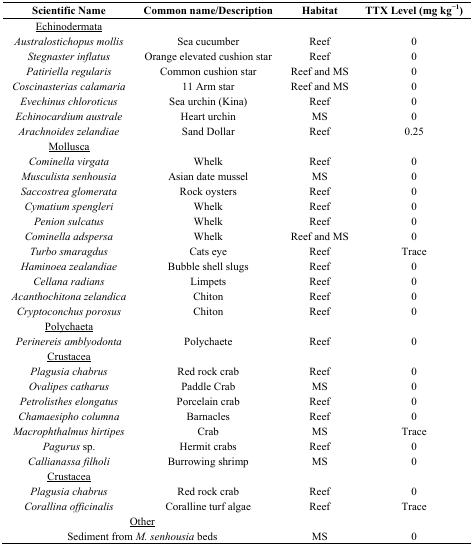
<table><thead><tr><td><b>Scientific Name</b></td><td><b>Common name/Description</b></td><td><b>Habitat</b></td><td><b>TTX Level (mg kg<sup>−1</sup>)</b></td></tr></thead><tbody><tr><td><underline>Echinodermata</underline></td><td></td><td></td><td></td></tr><tr><td><i>Australostichopus mollis</i></td><td>Sea cucumber</td><td>Reef</td><td>0</td></tr><tr><td><i>Stegnaster inflatus</i></td><td>Orange elevated cushion star</td><td>Reef</td><td>0</td></tr><tr><td><i>Patiriella regularis</i></td><td>Common cushion star</td><td>Reef and MS</td><td>0</td></tr><tr><td><i>Coscinasterias calamaria</i></td><td>11 Arm star</td><td>Reef and MS</td><td>0</td></tr><tr><td><i>Evechinus chloroticus</i></td><td>Sea urchin (Kina)</td><td>Reef</td><td>0</td></tr><tr><td><i>Echinocardium australe</i></td><td>Heart urchin</td><td>MS</td><td>0</td></tr><tr><td><i>Arachnoides zelandiae</i></td><td>Sand Dollar</td><td>Reef</td><td>0.25</td></tr><tr><td><underline>Mollusca</underline></td><td></td><td></td><td></td></tr><tr><td><i>Cominella virgata</i></td><td>Whelk</td><td>Reef</td><td>0</td></tr><tr><td><i>Musculista senhousia</i></td><td>Asian date mussel</td><td>MS</td><td>0</td></tr><tr><td><i>Saccostrea glomerata</i></td><td>Rock oysters</td><td>Reef</td><td>0</td></tr><tr><td><i>Cymatium spengleri</i></td><td>Whelk</td><td>Reef</td><td>0</td></tr><tr><td><i>Penion sulcatus</i></td><td>Whelk</td><td>Reef</td><td>0</td></tr><tr><td><i>Cominella adspersa</i></td><td>Whelk</td><td>Reef and MS</td><td>0</td></tr><tr><td><i>Turbo smaragdus</i></td><td>Cats eye</td><td>Reef</td><td>Trace</td></tr><tr><td><i>Haminoea zealandiae</i></td><td>Bubble shell slugs</td><td>Reef</td><td>0</td></tr><tr><td><i>Cellana radians</i></td><td>Limpets</td><td>Reef</td><td>0</td></tr><tr><td><i>Acanthochitona zelandica</i></td><td>Chiton</td><td>Reef</td><td>0</td></tr><tr><td><i>Cryptoconchus porosus</i></td><td>Chiton</td><td>Reef</td><td>0</td></tr><tr><td><underline>Polychaeta</underline></td><td></td><td></td><td></td></tr><tr><td><i>Perinereis amblyodonta</i></td><td>Polychaete</td><td>Reef</td><td>0</td></tr><tr><td><underline>Crustacea</underline></td><td></td><td></td><td></td></tr><tr><td><i>Plagusia chabrus</i></td><td>Red rock crab</td><td>Reef</td><td>0</td></tr><tr><td><i>Ovalipes catharus</i></td><td>Paddle Crab</td><td>MS</td><td>0</td></tr><tr><td><i>Petrolisthes elongatus</i></td><td>Porcelain crab</td><td>Reef</td><td>0</td></tr><tr><td><i>Chamaesipho columna</i></td><td>Barnacles</td><td>Reef</td><td>0</td></tr><tr><td><i>Macrophthalmus hirtipes</i></td><td>Crab</td><td>MS</td><td>Trace</td></tr><tr><td><i>Pagurus</i> sp.</td><td>Hermit crabs</td><td>Reef</td><td>0</td></tr><tr><td><i>Callianassa filholi</i></td><td>Burrowing shrimp</td><td>MS</td><td>0</td></tr><tr><td><underline>Crustacea</underline></td><td></td><td></td><td></td></tr><tr><td><i>Plagusia chabrus</i></td><td>Red rock crab</td><td>Reef</td><td>0</td></tr><tr><td><i>Corallina officinalis</i></td><td>Coralline turf algae</td><td>Reef</td><td>Trace</td></tr><tr><td colspan="2"><underline>Other</underline></td><td></td><td></td></tr><tr><td colspan="2">Sediment from <i>M. senhousia</i> beds</td><td>MS</td><td>0</td></tr></tbody></table>